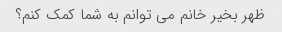
ظهر بخیر خانم می توانم به شما کمک کنم؟